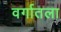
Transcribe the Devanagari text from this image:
वर्गातला